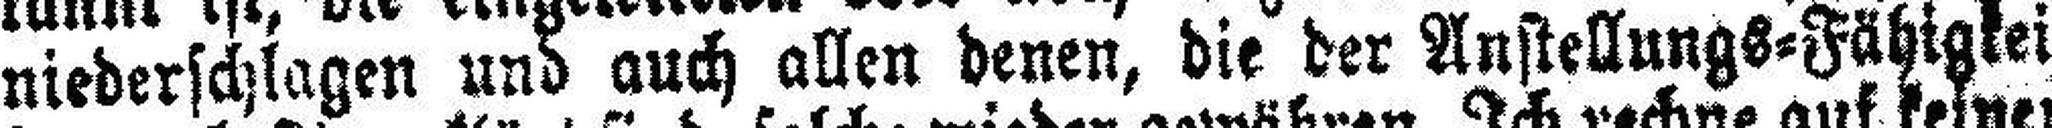
niederschlagen und auch allen denen, die der Anstellungs=Fähigkeit